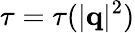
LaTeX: \tau=\tau(|\mathbf q|^{2})